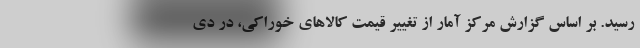
رسید. بر اساس گزارش مرکز آمار از تغییر قیمت کالاهای خوراکی، در دی